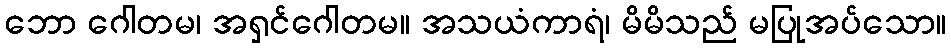
ဘော ဂေါတမ၊ အရှင်ဂေါတမ။ အသယံကာရံ၊ မိမိသည် မပြုအပ်သော။